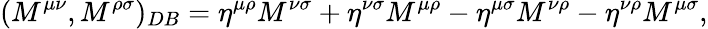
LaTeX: (M^{\mu\nu},M^{\rho\sigma})_{DB}=\eta^{\mu\rho}M^{\nu\sigma}+\eta^{\nu\sigma}M^{\mu\rho}-\eta^{\mu\sigma}M^{\nu\rho}-\eta^{\nu\rho}M^{\mu\sigma},